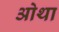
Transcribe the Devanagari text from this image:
ओथा